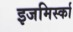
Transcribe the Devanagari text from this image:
इजमिर्स्का